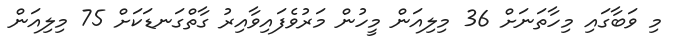
މި ވަބާގައި މިހާތަނަށް 36 މިލިއަން މީހުން މަރުވެފައިވާއިރު ގާތްގަނޑަކަށް 75 މިލިއަން